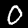
Label: 0